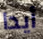
أيدا